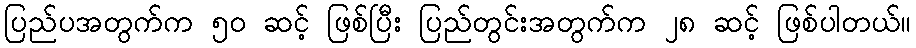
ပြည်ပအတွက်က ၅၀ ဆင့် ဖြစ်ပြီး ပြည်တွင်းအတွက်က ၂၈ ဆင့် ဖြစ်ပါတယ်။